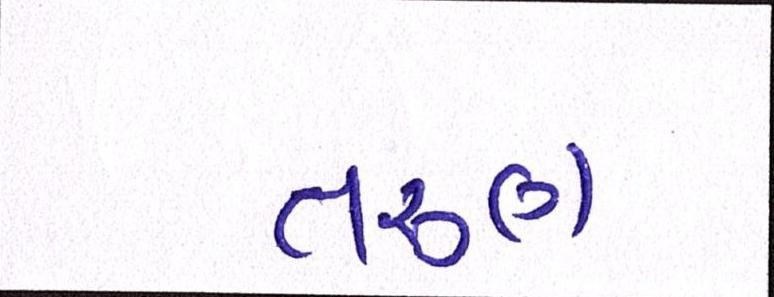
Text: તરુણ